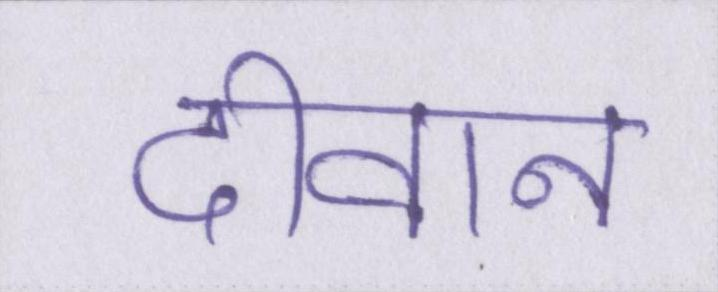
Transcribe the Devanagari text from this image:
दीवान